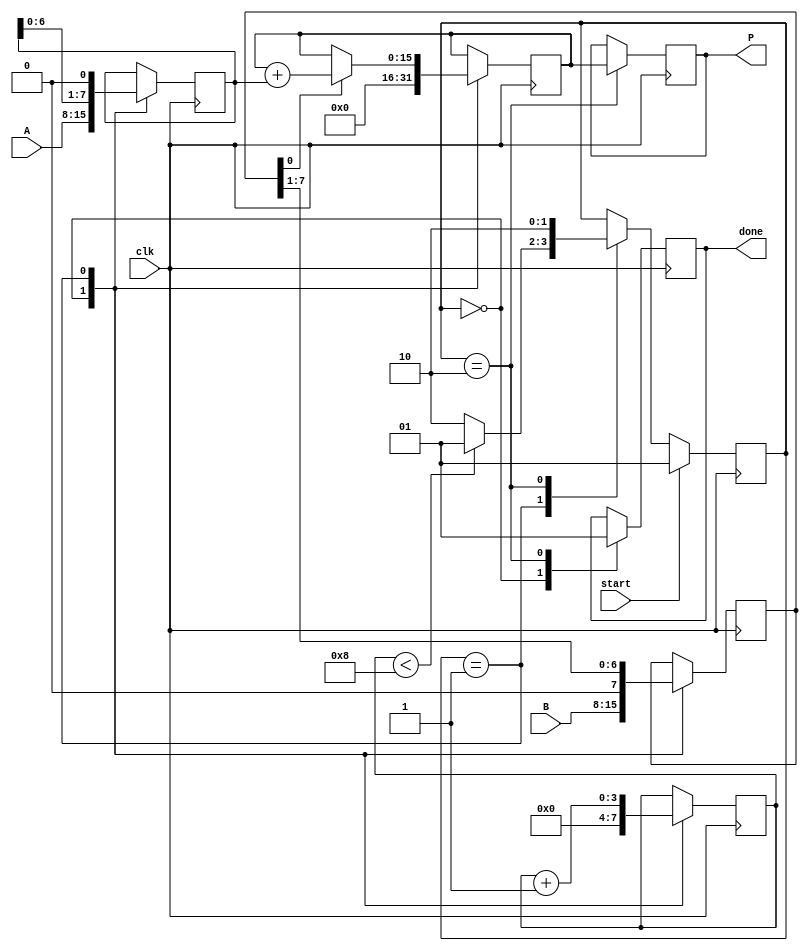
module radix2_multiplier #(parameter N = 8) (
    input  wire [N-1:0] A,        // Multiplicand
    input  wire [N-1:0] B,        // Multiplier
    input  wire clk,              // Clock signal
    input  wire start,            // Start signal
    output reg [2*N-1:0] P,       // Product
    output reg done               // Done signal
);

    reg [N-1:0] multiplicand;      // Register for A
    reg [N-1:0] multiplier;         // Register for B
    reg [2*N-1:0] product;          // Register for product
    reg [3:0] count;                // Iteration counter

    // State machine states
    localparam IDLE = 2'b00,
               MULTIPLY = 2'b01,
               DONE = 2'b10;

    reg [1:0] state, next_state;

    // Sequential logic for state transitions
    always @(posedge clk) begin
        if (start) begin
            state <= MULTIPLY;
        end else begin
            state <= next_state;
        end
    end

    // Combinational logic for next state and multiplication process
    always @(*) begin
        next_state = state;
        case (state)
            IDLE: begin
                if (start) begin
                    next_state = MULTIPLY;
                end
            end
            
            MULTIPLY: begin
                if (count < N) begin
                    next_state = MULTIPLY;
                end else begin
                    next_state = DONE;
                end
            end
            
            DONE: begin
                next_state = DONE; // Remain in DONE state
            end
        endcase
    end

    // Control logic for multiplication
    always @(posedge clk) begin
        case (state)
            IDLE: begin
                // Initialize registers
                multiplicand <= A;
                multiplier <= B;
                product <= 0;
                count <= 0;
                done <= 0;
            end
            
            MULTIPLY: begin
                if (multiplier[0] == 1) begin
                    product <= product + multiplicand; // Add multiplicand to product
                end
                // Shift left multiplicand and right multiplier
                multiplicand <= multiplicand << 1;
                multiplier <= multiplier >> 1;
                count <= count + 1; // Increment iteration counter
            end
            
            DONE: begin
                P <= product; // Assign final product
                done <= 1;    // Set done signal
            end
        endcase
    end

endmodule